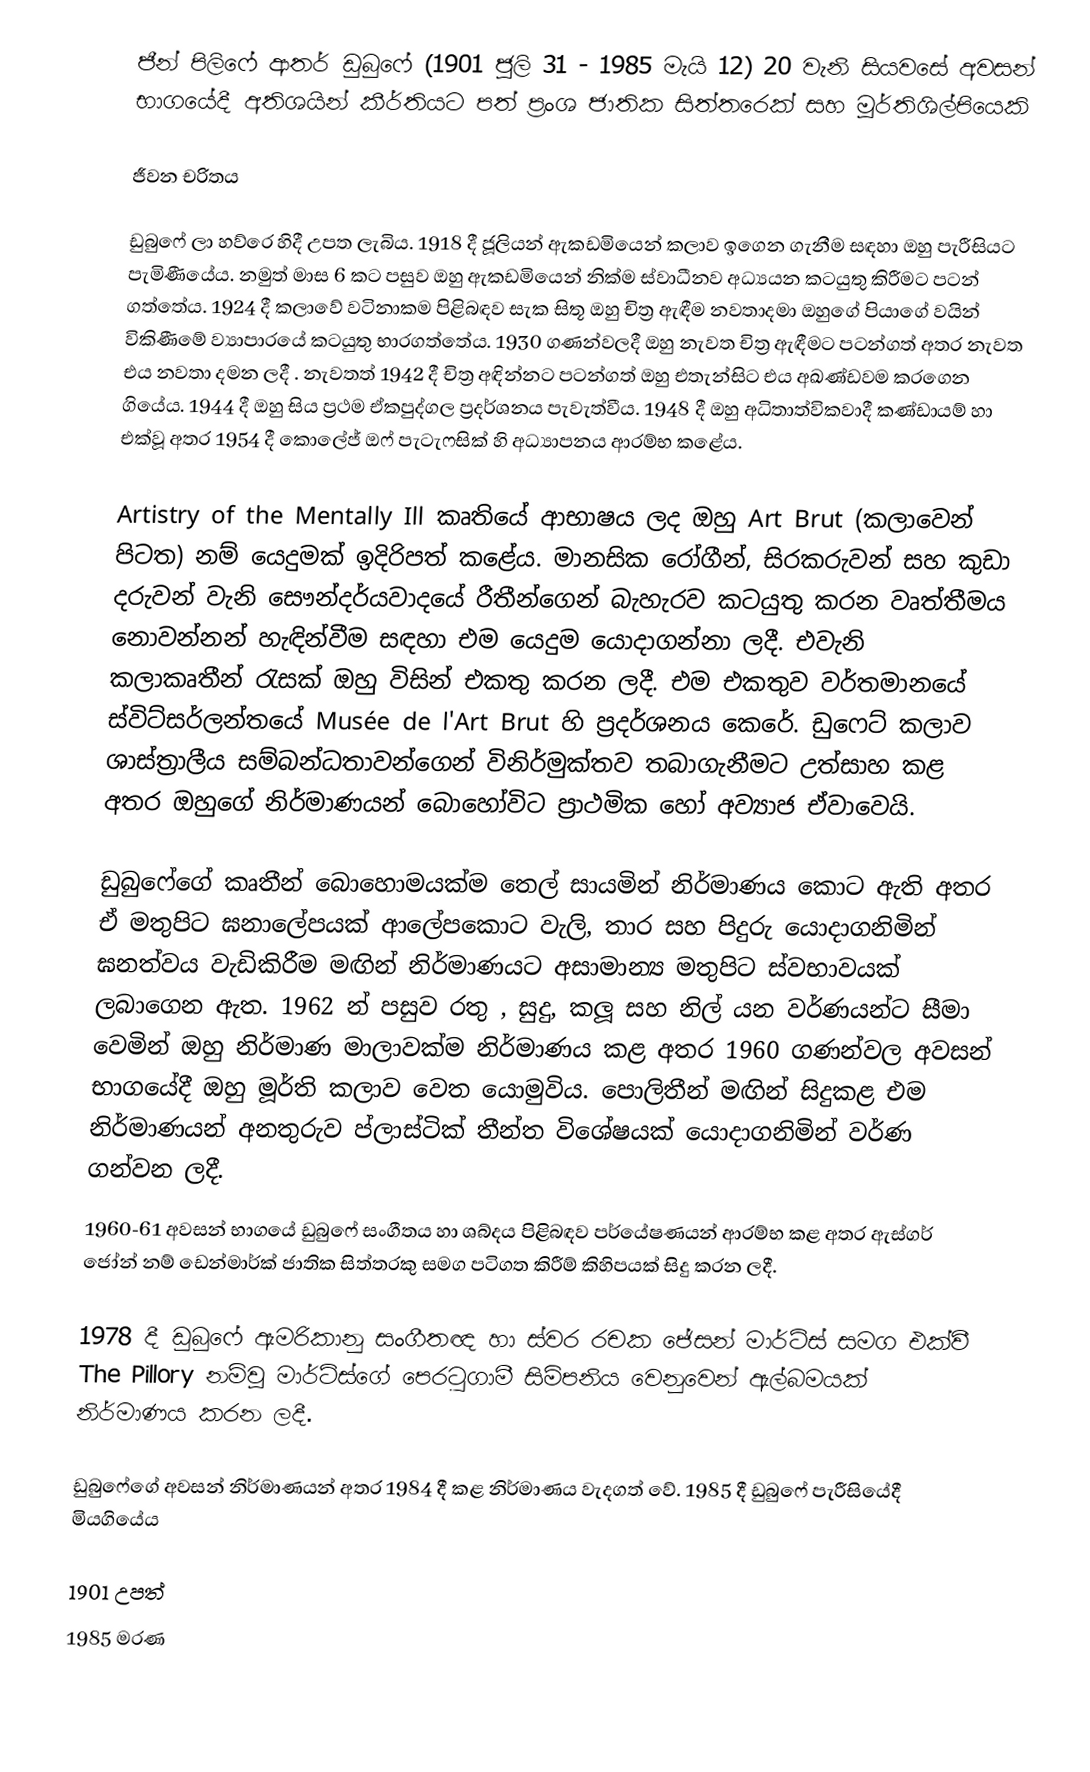
ජීන් පිලිෆේ ආතර් ඩුබුෆේ (1901 ජූලි 31 - 1985 මැයි 12) 20 වැනි සියවසේ අවසන් භාගයේදී අතිශයින් කීර්තියට පත් ප්‍රංශ ජාතික සිත්තරෙක් සහ මූර්තිශිල්පියෙකි

ජීවන චරිතය

ඩුබුෆේ ලා හව්රෙ හිදී උපත ලැබිය. 1918 දී ජූලියන් ඇකඩමියෙන් කලාව ඉගෙන ගැනීම සඳහා ඔහු පැරීසියට පැමිණීයේය. නමුත් මාස 6 කට පසුව ඔහු ඇකඩමියෙන් නික්ම ස්වාධීනව අධ්‍යයන කටයුතු කිරීමට පටන් ගත්තේය. 1924 දී කලාවේ වටිනාකම පිළිබඳව සැක සිතූ ඔහු චිත්‍ර ඇඳීම නවතාදමා ඔහුගේ පියාගේ වයින් විකිණීමේ ව්‍යාපාරයේ කටයුතු භාරගත්තේය. 1930 ගණන්වලදී ඔහු නැවත චිත්‍ර ඇඳීමට පටන්ගත් අතර නැවත එය නවතා දමන ලදී . නැවතත් 1942 දී චිත්‍ර අඳින්නට පටන්ගත් ඔහු එතැන්සිට එය අඛණ්ඩවම කරගෙන ගියේය. 1944 දී ඔහු සිය ප්‍රථම ඒකපුද්ගල ප්‍රදර්ශනය පැවැත්වීය. 1948 දී ඔහු අධිතාත්විකවාදී කණ්ඩායම් හා එක්වූ අතර 1954 දී කොලේජ් ඔෆ් පැටැෆසික් හි අධ්‍යාපනය ආරම්භ කළේය.

Artistry of the Mentally Ill කෘතියේ ආභාෂය ලද ඔහු Art Brut (කලාවෙන් පිටත) නම් යෙදුමක් ඉදිරිපත් කළේය. මානසික රෝගීන්, සිරකරුවන් සහ කුඩා දරුවන් වැනි සෞන්දර්යවාදයේ රීතීන්ගෙන් බැහැරව කටයුතු කරන වෘත්තීමය නොවන්නන් හැඳින්වීම සඳහා එම යෙදුම යොදාගන්නා ලදී. එවැනි කලාකෘතීන් රැසක් ඔහු විසින් එකතු කරන ලදී. එම එකතුව වර්තමානයේ ස්විට්සර්ලන්තයේ Musée de l'Art Brut හි ප්‍රදර්ශනය කෙරේ. ඩුෆෙට් කලාව ශාස්ත්‍රාලීය සම්බන්ධතාවන්ගෙන් විනිර්මුක්තව තබාගැනීමට උත්සාහ කළ අතර ඔහුගේ නිර්මාණයන් බොහෝවිට ප්‍රාථමික හෝ අව්‍යාජ ඒවාවෙයි.

ඩුබුෆේගේ කෘතීන් බොහොමයක්ම තෙල් සායමින් නිර්මාණය කොට ඇති අතර ඒ මතුපිට ඝනාලේපයක් ආලේපකොට වැලි, තාර සහ පිදුරු යොදාගනිමින් ඝනත්වය වැඩිකිරීම මඟින් නිර්මාණයට  අසාමාන්‍ය මතුපිට ස්වභාවයක් ලබාගෙන ඇත. 1962 න් පසුව රතු , සුදු, කලූ සහ නිල් යන වර්ණයන්ට සීමා වෙමින් ඔහු නිර්මාණ මාලාවක්ම නිර්මාණය කළ අතර 1960 ගණන්වල අවසන් භාගයේදී ඔහු මූර්ති කලාව වෙත යොමුවිය. පොලිතීන් මඟින් සිදුකළ එම නිර්මාණයන් අනතුරුව ප්ලාස්ටික් තීන්ත විශේෂයක් යොදාගනිමින් වර්ණ ගන්වන ලදී.
1960-61 අවසන් භාගයේ ඩුබුෆේ සංගීතය හා ශබ්දය පිළිබඳව පර්යේෂණයන් ආරම්භ කළ අතර ඇස්ගර් ජෝන් නම් ඩෙන්මාර්ක් ජාතික සිත්තරකු සමග පටිගත කිරීම් කිහිපයක් සිදු කරන ලදී.

1978 දී ඩුබුෆේ ඇමරිකානු සංගීතඥ හා ස්වර රචක ජේසන් මාර්ට්ස් සමග එක්වී The Pillory නම්වූ මාර්ට්ස්ගේ පෙරටුගාමී සිම්පනිය වෙනුවෙන් ඇල්බමයක් නිර්මාණය කරන ලදී.

ඩුබුෆේගේ අවසන් නිර්මාණයන් අතර 1984 දී කළ නිර්මාණය වැදගත් වේ. 1985 දී ඩුබුෆේ පැරීසියේදී මියගියේය

1901 උපත්
1985 මරණ